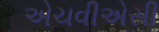
એચવીએસી